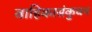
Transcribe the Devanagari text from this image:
वाहिकासंकुचन